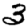
Digit: 3